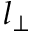
l _ { \bot }